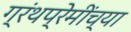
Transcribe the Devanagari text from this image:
ग्रंथप्रेमींच्या